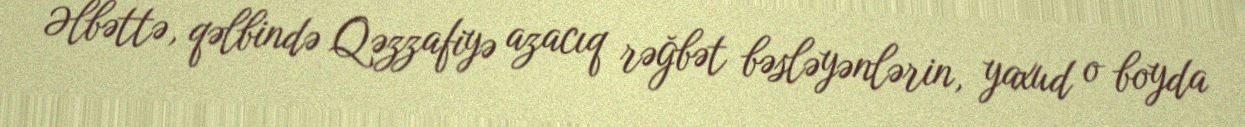
Əlbəttə, qəlbində Qəzzafiyə azacıq rəğbət bəsləyənlərin, yaxud o boyda